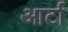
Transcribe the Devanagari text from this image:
आर्टा